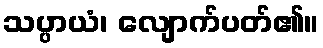
သပ္ပာယံ၊ လျောက်ပတ်၏။